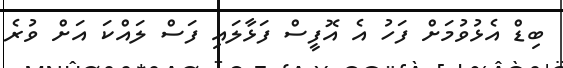
ބިޑް އެޅުވުމަށް ފަހު އެ އޮފީސް ފަޅާލައި ފަސް ލައްކަ އަށް ވުރެ